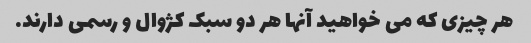
هر چیزی که می خواهید آنها هر دو سبک کژوال و رسمی دارند.